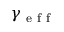
\gamma _ { \mathrm { ~ e ~ f ~ f ~ } }